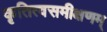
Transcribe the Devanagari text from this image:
कृतित्वसमीक्षणम्